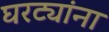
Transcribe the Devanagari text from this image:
घरट्यांना